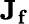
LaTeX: \mathbf{J_{f}}